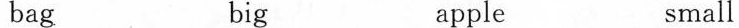
bag big apple small